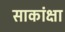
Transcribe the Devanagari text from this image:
साकांक्षा